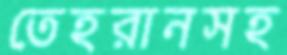
তেহরানসহ